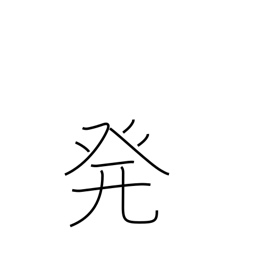
Meaning: start from